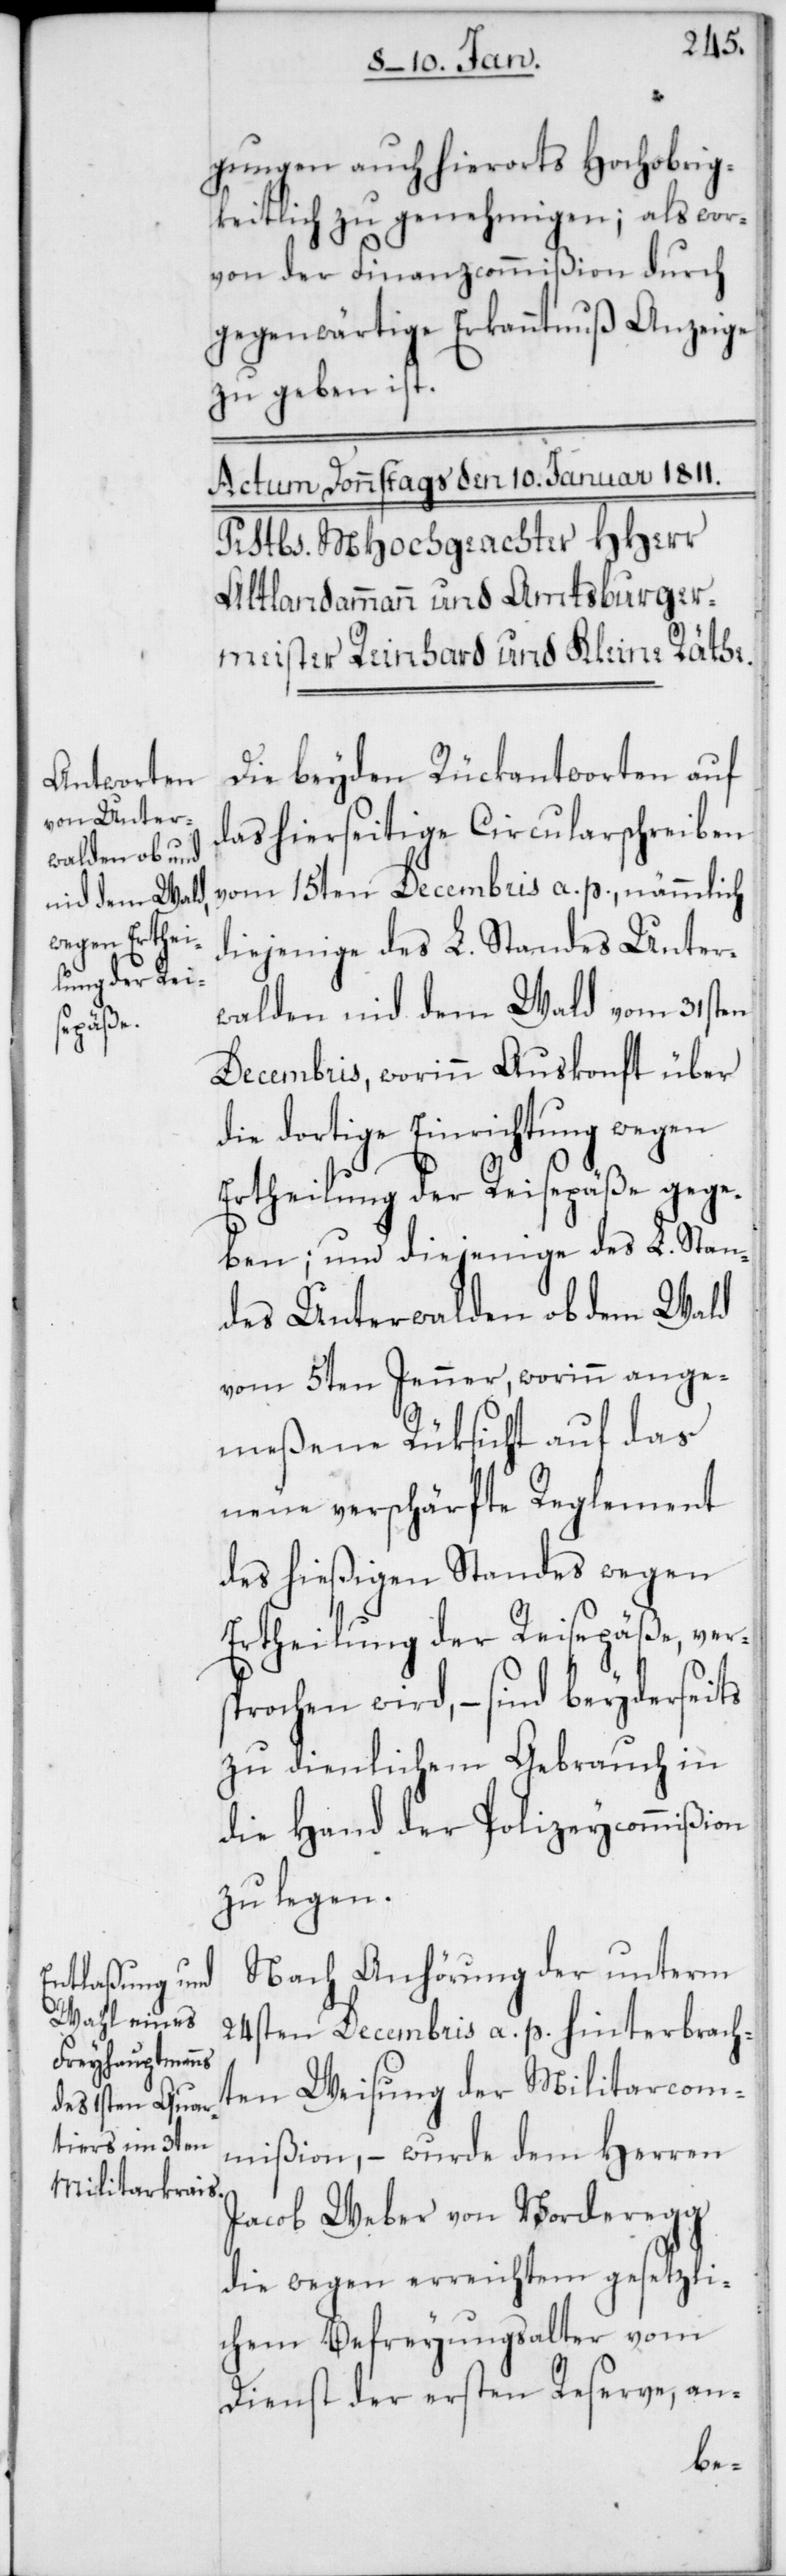
gungen auch hierorts Hochobrig¬
keitlich zu genehmigen, als wor¬
von der Finanzcommißion durch
gegenwärtige Erkanntnuß Anzeige
zu geben ist.
Die beyden Rückantworten auf
das hierseitige Circularschreiben
vom 15ten Decembris a. p., nämmlich
diejenige des L. Standes Unter¬
walden nid dem Wald vom 31sten
Decembris, worinn Auskonft über
die dortige Einrichtung wegen
Ertheilung der Reisepäße gege¬
ben; und diejenige des L. Stan¬
des Unterwalden ob dem Wald
vom 5ten Jenner, worinn ange¬
meßene Rüksicht auf das
neue verschärfte Reglement
des hießigen Standes wegen
Ertheilung der Reisepäße, vers¬
prochen wird, – sind beyderseits
zu dienlichem Gebrauch in
die Hand der Polizeycommißion
zu legen.
Nach Anhörung der unterm
24sten Decembris a. p. hinterbracht¬
en Weisung der Militarcom¬
mißion, – wurde dem Herren
Jacob Weber von Vorderegg
die wegen erreichtem gesetzli¬
chem Befreyungsalter vom
Dienst der ersten Reserve, an-